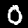
Label: 0